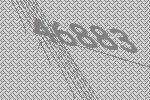
46883